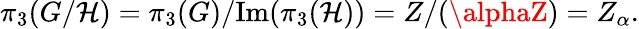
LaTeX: \pi_{3}(G/\mathcal{H})=\pi_{3}(G)/\mathrm{{Im}}(\pi_{3}(\mathcal{H}))=Z/(\alphaZ)=Z_{\alpha}.